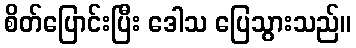
စိတ်ပြောင်းပြီး ဒေါသ ပြေသွားသည်။